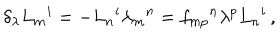
\delta _ { \lambda } L _ { m } { } ^ { i } = - L _ { n } { } ^ { i } \lambda _ { m } { } ^ { n } = f _ { m p } { } ^ { n } \lambda ^ { p } L _ { n } { } ^ { i } \, ,